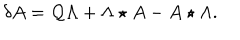
\delta A = \mathcal { Q } \Lambda + \Lambda \star A - A \star \Lambda .